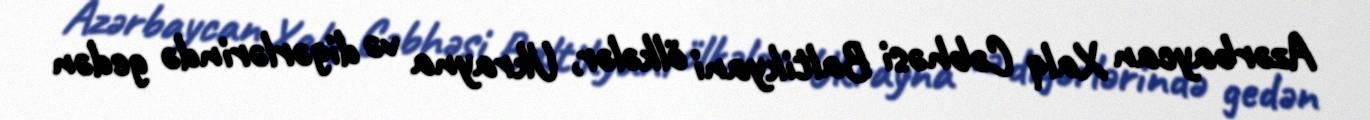
Azərbaycan Xalq Cəbhəsi Baltikyani ölkələr, Ukrayna və digərlərində gedən